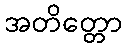
အတိတ္တော